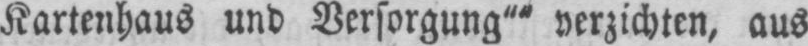
Kartenhaus und Versorgung““ verzichten, aus